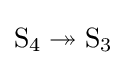
\mathrm {S} _{4}\twoheadrightarrow \mathrm {S} _{3}